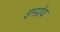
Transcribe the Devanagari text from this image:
इम्प्रोव